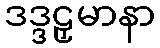
ဒဒ္ဒဠှမာနာ